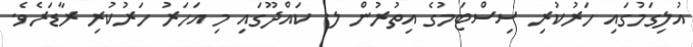
އުލިގަމުގައި ހަރުކުރި ސިސްޓަމުގެ އިތުރުން ލ. ކައްދޫގައި މި އަހަރު ހަރުކުރި ރާޑަރެވެ.